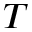
T